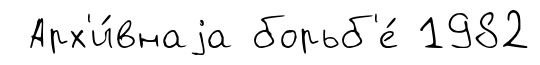
Арх'и́внаjа борьб'е́ 1982